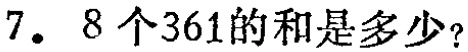
7. 8个361的和是多少？